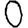
Digit: 0